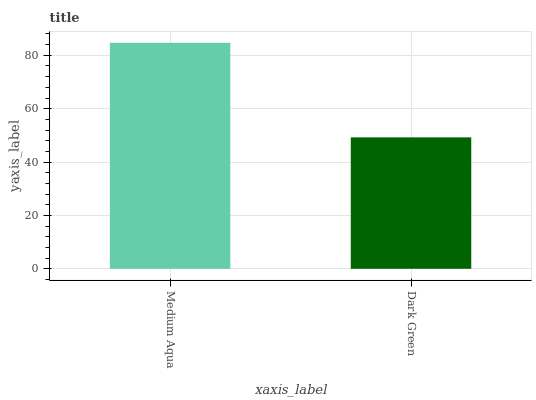
| xaxis_label | bars |
 | --- | --- |
 | Medium Aqua | 84.7 |
 | Dark Green | 49.3 |